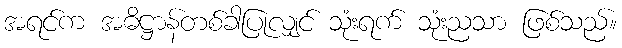
အရင်က အဓိဋ္ဌာန်တစ်ခါပြုလျှင် သုံးရက် သုံးညသာ ဖြစ်သည်။